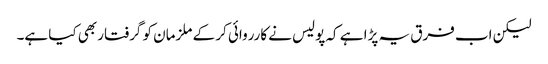
لیکن اب فرق یہ پڑا ہے کہ پولیس نے کارروائی کر کے ملزمان کو گرفتار بھی کیا ہے۔